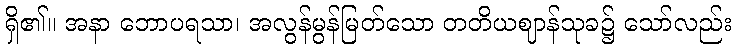
ရှိ၏။ အနာ ဘောပရသာ၊ အလွန်မွန်မြတ်သော တတိယဈာန်သုခ၌ သော်လည်း